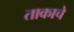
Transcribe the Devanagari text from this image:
ताकाचे